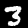
Digit: 3